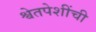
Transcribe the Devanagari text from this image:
श्वेतपेशींची